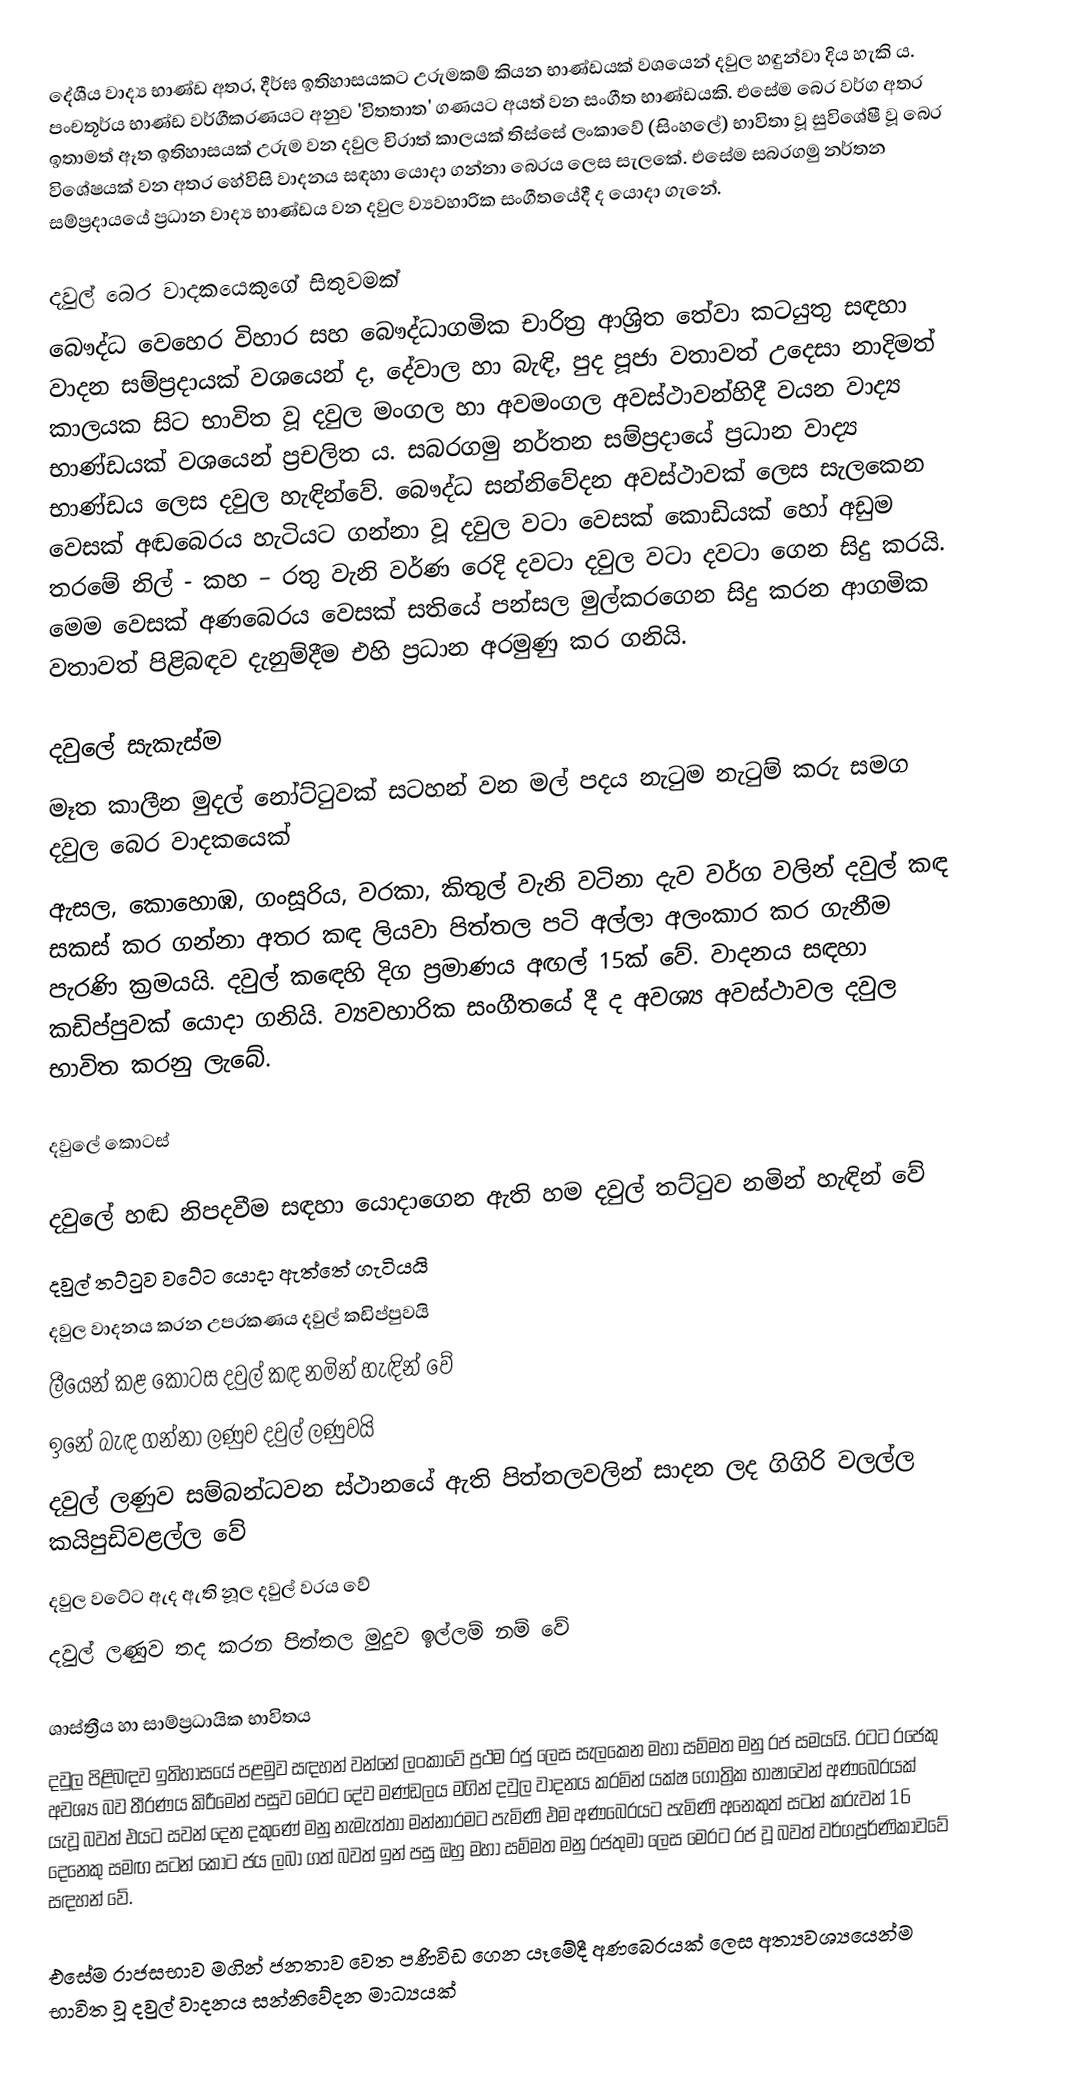
දේශීය වාද්‍ය භාණ්ඩ අතර, දීර්ඝ ඉතිහාසයකට උරුමකම් කියන භාණ්ඩයක් වශයෙන් දවුල හඳුන්වා දිය හැකි ය. පංචතූර්ය භාණ්ඩ වර්ගීකරණයට අනුව 'විතතාත' ගණයට අයත් වන සංගීත භාණ්ඩයකි. එසේම බෙර වර්ග අතර ඉතාමත් ඈත ඉතිහාසයක් උරුම ‍‍වන දවුල චිරාත් කාලයක් තිස්සේ ලංකාවේ (සිංහලේ) භාවිතා වූ සුවිශේෂී වූ බෙර විශේෂයක් වන අතර හේවිසි වාදනය සඳහා යොදා ගන්නා බෙරය ලෙස සැලකේ. එසේම සබරගමු නර්තන සම්ප්‍රදායයේ ප්‍රධාන වාද්‍ය භාණ්ඩය වන දවුල ව්‍යවහාරික සංගීතයේදී ද යොදා ගැනේ.

දවුල් බෙර වාදකයෙකුගේ සිතුවමක්
බෞද්ධ වෙහෙර විහාර සහ බෞද්ධාගමික චාරිත්‍ර ආශ්‍රිත තේවා කටයුතු සඳහා වාදන සම්ප්‍රදායක් වශයෙන් ද, දේවාල හා බැඳි, පුද පූජා වතාවත් උදෙසා නාදිමත් කාලයක සිට භාවිත වූ දවුල මංගල හා අවමංගල අවස්ථාවන්හිදී වයන වාද්‍ය භාණ්ඩයක් වශයෙන් ප්‍රචලිත ය. සබරගමු නර්තන සම්ප්‍රදායේ ප්‍රධාන වාද්‍ය භාණ්ඩය ලෙස දවුල හැඳින්වේ. බෞද්ධ සන්නිවේදන අවස්ථාවක් ලෙස සැලකෙන වෙසක් අඬබෙරය හැටියට ගන්නා වූ දවුල වටා වෙසක් කොඩියක් හෝ අඩුම තරමේ නිල් - කහ – රතු වැනි වර්ණ රෙදි දවටා දවුල වටා දවටා ගෙන සිදු කරයි. මෙම වෙසක් අණබෙරය වෙසක් සතියේ පන්සල මුල්කරගෙන සිදු කරන ආගමික වතාවත් පිළිබඳව දැනුම්දීම එහි ප්‍රධාන අරමුණු කර ගනියි.

දවුලේ සැකැස්ම
මෑත කාලීන මුදල් නෝට්ටුවක් සටහන් වන මල් පදය නැ‍ටුම නැ‍ටුම් කරු සමග දවුල බෙර වාදකයෙක්
ඇසල, කොහොඹ, ගංසූරිය, වරකා, කිතුල් වැනි වටිනා දැව වර්ග වලින් දවුල් කඳ සකස් කර ගන්නා අතර කඳ ලියවා පිත්තල පටි අල්ලා අලංකාර කර ගැනීම පැරණි ක්‍රමයයි. දවුල් ක‍ඳෙහි දිග ප්‍රමාණය අඟල් 15ක් වේ. වාදනය සඳහා කඩිප්පුවක් යොදා ගනියි. ව්‍යවහාරික සංගීතයේ දී ද අවශ්‍ය අවස්ථාවල දවුල භාවිත කරනු ලැබේ.

දවුලේ කොටස්

 දවුලේ හඬ නිපදවීම සඳහා යොදාගෙන ඇති හම දවුල් තට්ටුව නමින් හැඳින් වේ
 දවුල් තට්ටුව වටේට යොදා ඇත්තේ ගැටියයි
 දවුල වාදනය කරන උපරකණය දවුල් කඩිප්පුවයි
 ලීයෙන් කළ කොටස දවුල් කඳ නමින් හැඳින්‍ වේ
 ඉනේ බැඳ ගන්නා ලණුව දවුල් ලණුවයි
 දවුල් ලණුව සම්බන්ධවන ස්ථානයේ ඇති පිත්තලවලින් සාදන ලද ගිගිරි වලල්ල කයිපුඩිවළල්ල වේ
 දවුල වටේට ඇද ඇති නූල දවුල් වරය වේ
 දවුල් ලණුව තද කරන පිත්තල මුදුව ඉල්ලම් නම් වේ

ශාස්ත්‍රීය හා සාම්ප්‍රධායික භාවිතය
දවුල පිළිබඳව ඉතිහාසයේ පළමුව සඳහන් වන්නේ ලංකාවේ ප්‍රථම රජු ලෙස සැලකෙන මහා සම්මත මනු රජ සමයයි. රටට රජෙකු අවශ්‍ය බව තීරණ‍ය කිරීමෙන් පසුව ‍මෙරට දේව මණ්ඩලය මගින් දවුල වාදනය කරමින් යක්ෂ ගෝත්‍රික භාෂාවෙන් අණබෙරයක් යැවූ බවත් එයට සවන් දෙන දකුණේ මනු නැමැත්තා මන්නාරමට පැමිණි එම අණබෙරයට පැමිණි ‍අනෙකුත් සටන් කරුවන් 16 දෙනෙකු සමඟ සටන් කොට ජය ලබා ගත් බවත් ඉන් පසු ඔහු මහා සම්මත මනු රජතුමා ලෙස මෙරට රජ වූ බවත් වර්ගපූර්ණිකාවවේ සඳහන් වේ.

එසේම රාජසභාව මගින් ජනතාව වෙත පණිවිඩ ගෙන යෑමේදී අණබෙරයක් ලෙස අත්‍යවශ්‍යයෙන්ම භාවිත වූ දවුල් වාදනය සන්නිවේදන මාධ්‍යයක් ‍